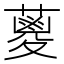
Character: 𮑪